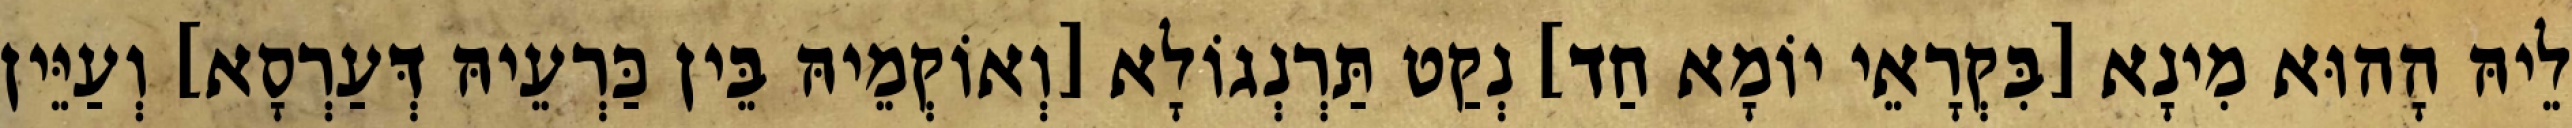
לֵיהּ הָהוּא מִינָא [בִּקְרָאֵי יוֹמָא חַד] נְקַט תַּרְנְגוֹלָא [וְאוֹקְמֵיהּ בֵּין כַּרְעֵיהּ דְּעַרְסָא] וְעַיֵּין